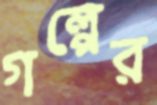
গল্পের